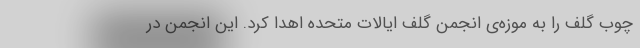
چوب گلف را به موزه‌ی انجمن گلف ایالات متحده اهدا کرد. این انجمن در